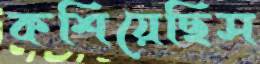
কশিয়েছিস